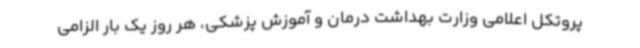
پروتکل اعلامی وزارت بهداشت درمان و آموزش پزشکی، هر روز یک‌ بار الزامی